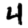
Digit: 4